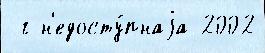
 г н'едосту́пнаjа 2002